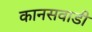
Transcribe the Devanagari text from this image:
कानसवाडी